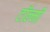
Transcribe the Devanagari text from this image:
टॉल्मी